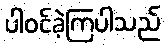
ပါဝင်ခဲ့ကြပါသည်